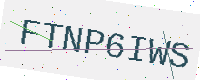
Text: FTNP6IWS